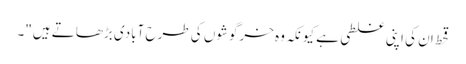
قحط ان کی اپنی غلطی ہے کیونکہ وہ خرگوشوں کی طرح آبادی بڑھاتے ہیں"۔